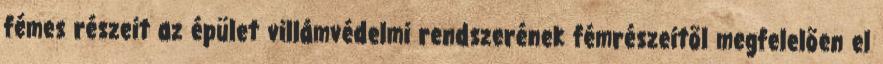
fémes részeit az épület villámvédelmi rendszerének fémrészeitõl megfelelõen el